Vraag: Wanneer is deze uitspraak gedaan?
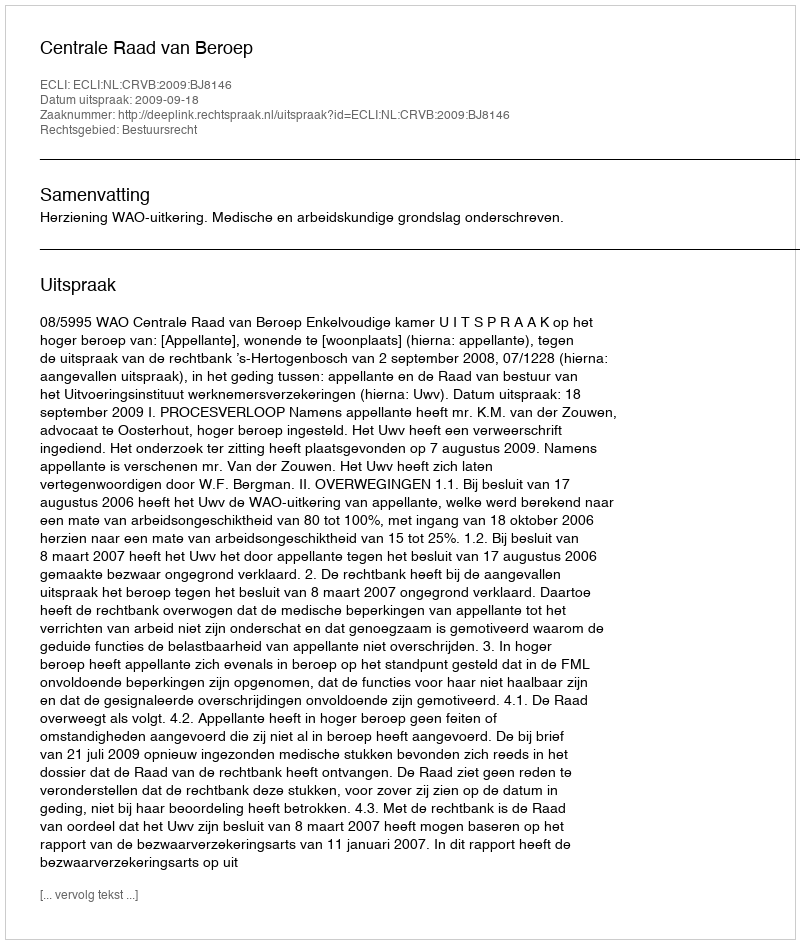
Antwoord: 2009-09-18